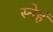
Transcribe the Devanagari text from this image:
स्नेहं